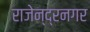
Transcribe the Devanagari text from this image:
राजेन्द्रनगर